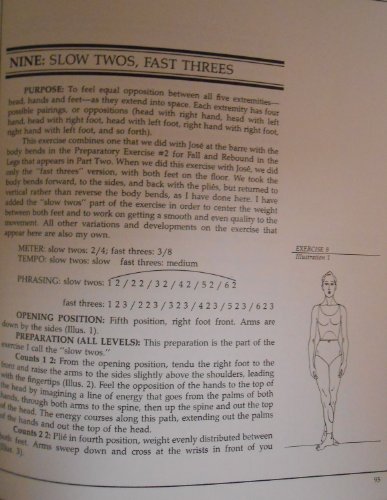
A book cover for Illustrated Dance Technique of Jose Limon; Daniel Lewis; Biographies & Memoirs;